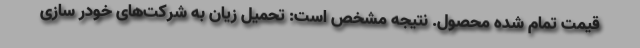
قیمت تمام شده محصول. نتیجه مشخص است: تحمیل زیان به شرکت‌های خودر سازی